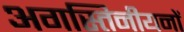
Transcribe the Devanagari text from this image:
अगस्तिनीयनों